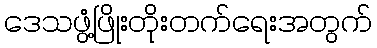
ဒေသဖွံ့ဖြိုးတိုးတက်ရေးအတွက်